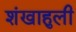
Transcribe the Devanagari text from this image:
शंखाहुली